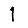
Digit: 1